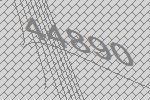
44890